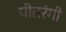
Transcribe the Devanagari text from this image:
पीतरंगी